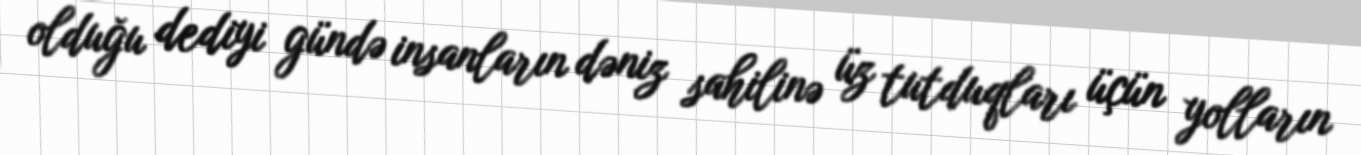
olduğu dediyi gündə insanların dəniz sahilinə üz tutduqları üçün yolların